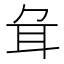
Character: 𦔰